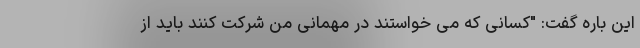
این باره گفت: "کسانی که می خواستند در مهمانی من شرکت کنند باید از